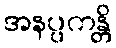
အနပ္ပကန္တိ